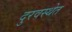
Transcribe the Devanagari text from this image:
दुरवस्थेत